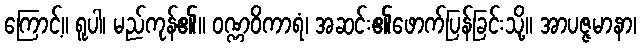
ကြောင့်။ ရူပါ၊ မည်ကုန်၏။ ဝဏ္ဏဝိကာရံ၊ အဆင်း၏ဖောက်ပြန်ခြင်းသို့။ အာပဇ္ဇမာနာ၊